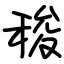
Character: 稄